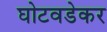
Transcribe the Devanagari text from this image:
घोटवडेकर